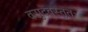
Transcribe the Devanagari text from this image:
वसुदेवस्तुतः